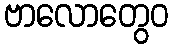
ဗာလောတွေဝ